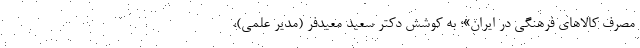
مصرف کالاهای فرهنگی در ایران»؛ به‌ کوشش دکتر سعید معیدفر (مدیر علمی)،